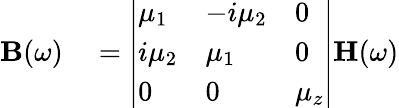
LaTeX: \begin{array}{rl}{\mathbf{B}(\omega)}&{{}={\left|\begin{array}{lll}{\mu_{1}}&{-i\mu_{2}}&{0}\\ {i\mu_{2}}&{\mu_{1}}&{0}\\ {0}&{0}&{\mu_{z}}\end{array}\right|}\mathbf{H}(\omega)}\end{array}